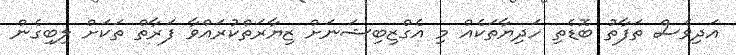
އަދިވެސް ތަފާތު ބޮޑެތި ހަދިޔާތަކެއް މި އެގްޒިބިޝަނަށް ޒިޔާރަތްކުރައްވާ ފަރާތް ތަކަށް ލިބިގެން